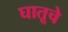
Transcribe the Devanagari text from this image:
घातूचे